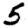
Digit: 5